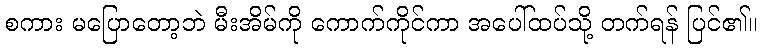
စကား မပြောတော့ဘဲ မီးအိမ်ကို ကောက်ကိုင်ကာ အပေါ်ထပ်သို့ တက်ရန် ပြင်၏။